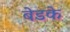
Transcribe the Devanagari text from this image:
बेडके